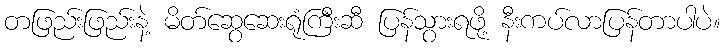
တဖြည်းဖြည်းနဲ့ မိတ်ဆွေဆေးရုံကြီးဆီ ပြန်သွားရဖို့ နီးကပ်လာပြန်တာပါပဲ။